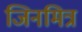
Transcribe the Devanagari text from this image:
जिनमित्र